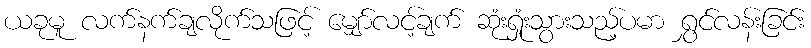
ယခုမူ လက်နက်ချလိုက်သဖြင့် မျှော်လင့်ချက် ဆုံးရှုံးသွားသည့်ပမာ ရွှင်လန်းခြင်း